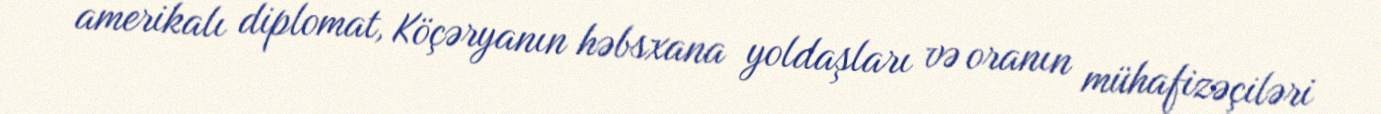
amerikalı diplomat, Köçəryanın həbsxana yoldaşları və oranın mühafizəçiləri